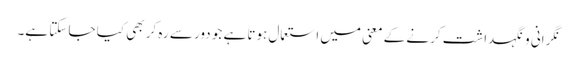
نگرانی و نگہداشت کرنے کے معنی میں استعمال ہوتا ہے جو دور سے رہ کر بھی کیا جا سکتا ہے۔